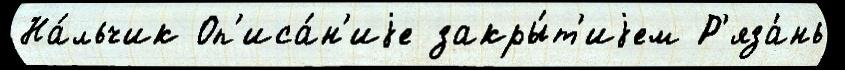
На́льчик Оп'иса́н'иjе закры́т'иjем Р'яза́нь